Annual administration report of the Civil Veterinary Department of India - 1895-1896
Year: 1895
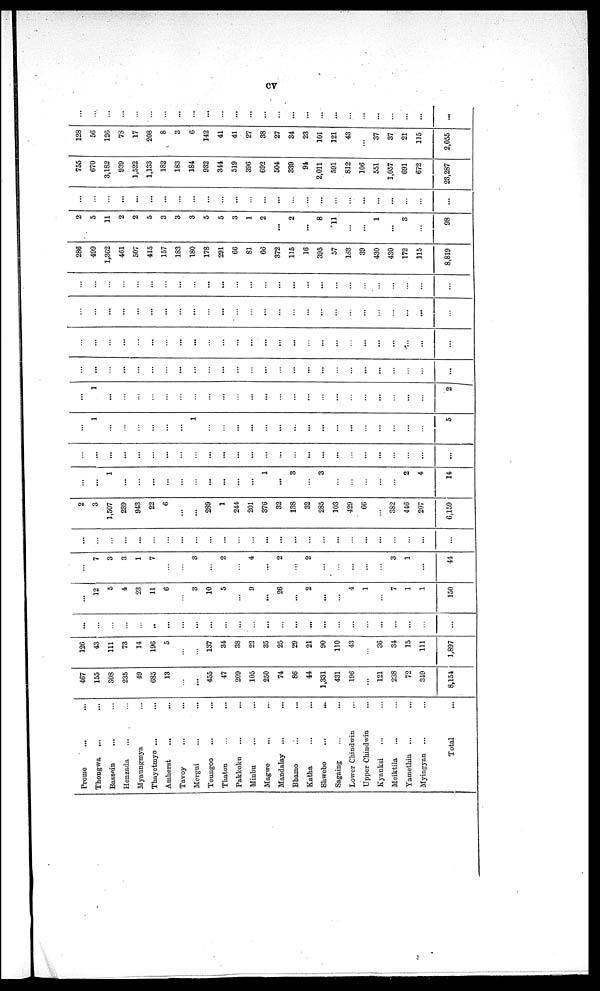
cv
Prome ... ...
Thongwa ... ...
Bassein ... ...
Henzada ... ...
Myaungmya ... ...
Thayctmyo ...
Amherst... ...
Tavoy ... ...
Mcrgui ... ...
Toungoo ... ...
Thaton ... ...
Pakkokn ... ...
Minbu ... ...
Magwe ... ...
Mandalay ... ...
Bhamo ... ...
Katha ... ...
Shwcbo
...
...
Sagaing
Lower Chindwin ... ...
Upper Chindwin ...
Kyauksi ... ...
Meiktila ... ...
Yamethin ... ...
Myingyan ... ...
Total
467
155
S03
235
49
685
13
...
...
455
47
209
105
250
74
86
44
1,331
431
196
...
121
238
72
319
8,154
126
43
111
73
14
196
5
...
...
137
34
38
22
35
25
29
21
90
110
43
...
36
34
15
111
1,897
...
...
...
...
...
..
...
...
...
...
...
...
...
...
...
...
...
...
...
...
...
...
...
...
...
...
...
12
5
4
23
11
6
...
3
10
5
...
9
...
26
...
2
...
...
4
1
...
7
1
1
150
...
7
3
3
1
7
...
...
3
...
2
...
4
...
2
...
2
...
...
...
...
...
3
1
...
44
...
...
...
...
...
...
...
...
...
...
...
...
...
...
...
...
...
...
...
...
...
...
...
...
...
2
3
1,507
239
943
22
6
...
...
289
1
244
201
376
32
138
32
285
103
429
66
...
382
446
207
6,159
...
...
1
...
...
...
...
...
...
...
...
...
...
1
...
3
...
3
...
...
...
...
...
2
4
14
...
...
...
...
...
...
...
...
...
...
...
...
...
...
...
...
...
...
...
...
...
...
...
...
...
...
...
1
...
...
...
...
...
...
1
...
...
...
...
...
...
...
...
...
...
...
...
...
...
...
...
5
...
1
...
...
...
...
...
...
...
...
...
...
...
...
...
...
...
...
...
...
...
...
...
...
...
2
...
...
...
...
...
...
...
...
...
...
...
...
...
...
...
...
......
...
...
...
...
...
...
...
...
...
...
...
...
...
...
...
...
...
...
...
...
...
...
...
...
...
...
...
...
...
...
...
...
...
...
...
...
...
...
...
...
...
...
...
...
...
...
...
...
...
...
...
...
...
...
...
...
...
...
...
...
...
...
...
...
...
...
...
...
...
...
...
...
...
...
...
...
...
...
....
...
...
...
...
...
...
...
...
286
499
1,362
461
507
415
157
183
180
178
291
66
81
66
372
115
16
395
57
183
39
430
430
172
115
8,819
2
5
11
2
2
5
3
3
3
5
5
3
1
2
...
2
...
8
11
...
...
1
...
3
...
98
...
...
...
...
...
...
...
...
...
...
...
...
...
...
...
...
...
...
...
...
...
...
...
...
755
670
3,182
939
1,522
1,133
182
183
184
932
344
519
396
692
504
339
94
2,011
591
812
106
551
1,057
691
672
23,287
128
56
126
78
17
208
8
3
6
142
41
41
27
38
27
34
23
101
121
43
...
37
37
21
115
2,055
...
...
...
...
...
...
...
...
...
......
...
...
...
...
...
...
...
...
...
...
...
...
...
...
...
...